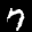
Label: 7